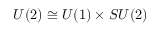
U ( 2 ) \cong U ( 1 ) \times S U ( 2 )